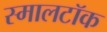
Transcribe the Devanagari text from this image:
स्मालटॉक